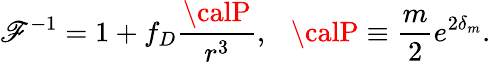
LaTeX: \mathscr{F}^{-1}=1+f_{D}{\frac{{\calP}}{{r^{3}}}},\ \ \ {\calP}\equiv{\frac{{m}}{{2}}}e^{2\delta_{m}}.